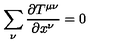
\sum _ { \nu } \frac { \partial T ^ { \mu \nu } } { \partial x ^ { \nu } } = 0